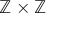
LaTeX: \mathbb { Z } \times \mathbb { Z }